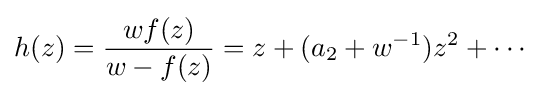
h(z)={wf(z) \over w-f(z)}=z+(a_{2}+w^{-1})z^{2}+\cdots